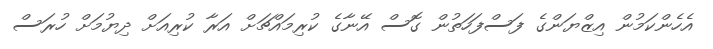
އެހެންކަމުން އިޒްޔަންގެ ފަސްފަހަތުން ގޮސް އޭނާގެ ކުރިމައްޗަށް އަރާ ކުރިއަށް ދިޔުމަށް ހުރަސް